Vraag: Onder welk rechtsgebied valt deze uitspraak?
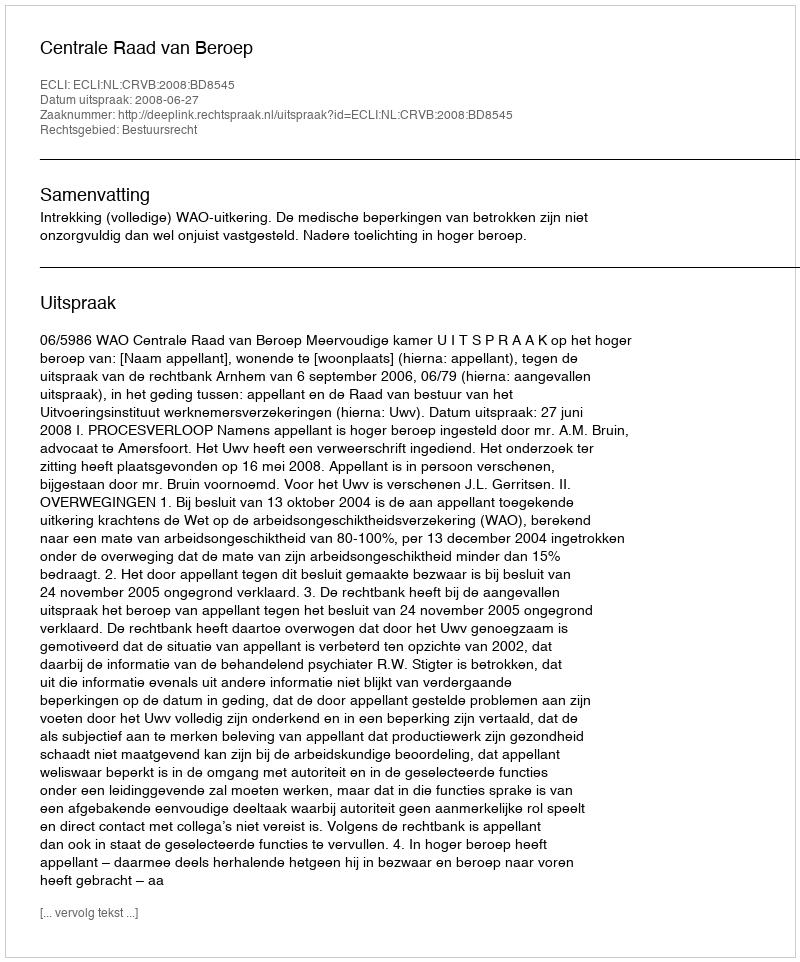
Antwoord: Bestuursrecht